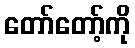
တော်တော့်ကို